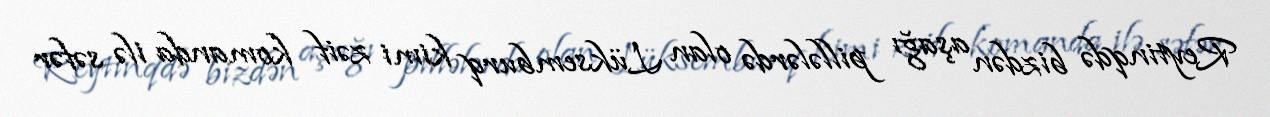
Reytinqdə bizdən aşağı pillələrdə olan Lüksemburq kimi zəif komanda ilə səfər